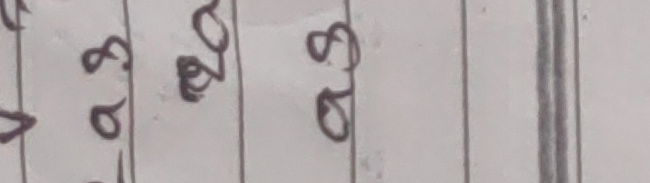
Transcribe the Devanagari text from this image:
४३